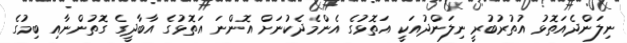
ނިލަންދެއަތޮޅު އުތުރުބުރީ ނިލަންދުއަކީ އަތޮޅުގެ އެންމެދެކުނަށް އޮންނަ އަތޮޅުގެ އާބާދީގެ ގޮތުންނާއި ބިމުގެ